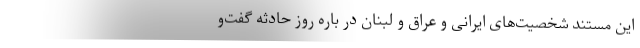
این مستند شخصیت‌های ایرانی و عراق و لبنان در باره روز حادثه گفت‌و